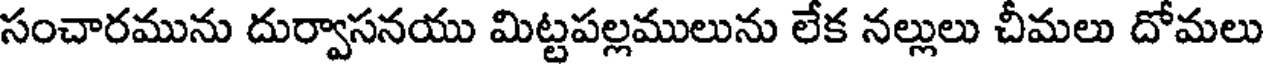
సంచారమును దుర్వాసనయు మిట్టపల్లములును లేక నల్లులు చీమలు దోమలు